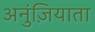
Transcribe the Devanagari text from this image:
अनुंज़ियाता